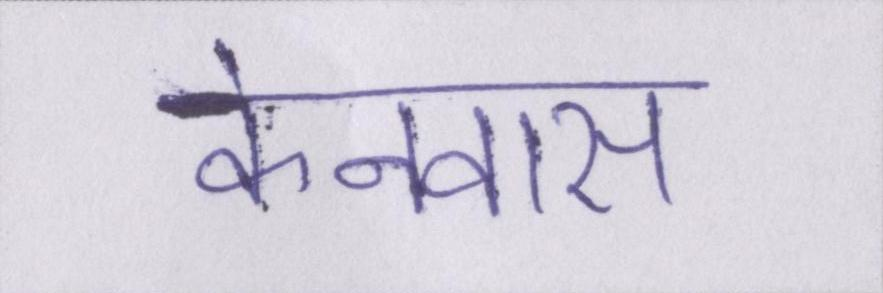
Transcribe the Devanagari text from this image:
केनवास